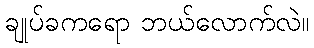
ချုပ်ခကရော ဘယ်လောက်လဲ။